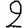
Digit: 2